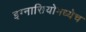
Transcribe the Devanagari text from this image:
इग्नासियोमध्येच